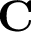
\mathbf { C }